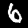
Label: 6